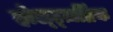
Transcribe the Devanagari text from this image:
होल्ट्ज़ब्रिंक